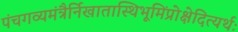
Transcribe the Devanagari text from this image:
पंचगव्यमंत्रैर्निखातास्थिभूमिंप्रोक्षेदित्यर्थः